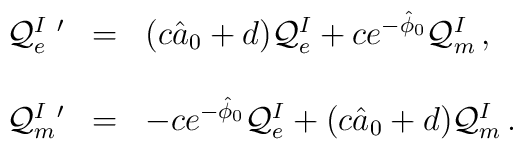
\begin{array}{rcl}{\cal Q}_{e}^{I\ \prime} & = & (c\hat{a}_{0} +d){\cal Q}_{e}^{I} +c e^{-\hat{\phi}_{0}} {\cal Q}_{m}^{I}\, , \\& & \\{\cal Q}_{m}^{I\ \prime} & = & -c e^{-\hat{\phi}_{0}} {\cal Q}_{e}^{I}+(c\hat{a}_{0} +d){\cal Q}_{m}^{I} \, . \\\end{array}